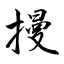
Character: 摱